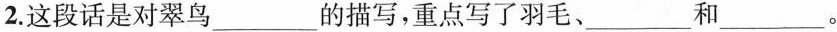
2.这段话是对翠鸟___的描写，重点写了羽毛、___和___。